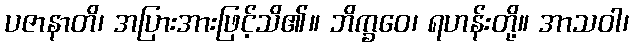
ပဇာနာတိ၊ အပြားအားဖြင့်သိ၏။ ဘိက္ခဝေ၊ ရဟန်းတို့။ အာသဝါ၊